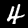
Digit: 4